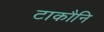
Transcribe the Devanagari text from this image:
टाकौनि